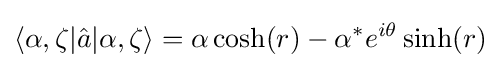
\langle \alpha ,\zeta |{\hat {a}}|\alpha ,\zeta \rangle =\alpha \cosh(r)-\alpha ^{*}e^{i\theta }\sinh(r)